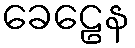
ခေဠေန